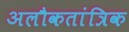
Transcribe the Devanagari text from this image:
अलौकतांत्रिक